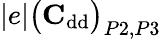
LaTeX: |e|\big(\mathrm{\textbf{C}}_{\mathrm{dd}}\big)_{P2,P3}